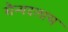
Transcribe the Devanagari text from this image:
सैन्यदलास